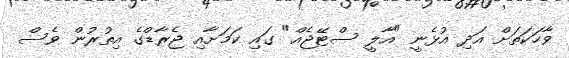
ވާހަކަތަށް އަދި އުޅެނީ "އާލީ ސްޓޭޖެއް" ގައި ކަމަށާއި ޖެރާޑްގެ އިތުރުން ވެސް